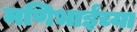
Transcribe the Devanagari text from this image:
मणिभाईंच्या